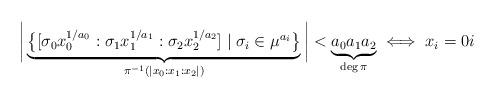
LaTeX: \begin{align*} \bigg|\underbrace{\big\{[\sigma_0 x_0^{1/a_0}:\sigma_1 x_1^{1/a_1}:\sigma_2 x_2^{1/a_2}] \mid \sigma_i\in\mu^{a_i}\big\}}_{\pi^{-1}(|x_0:x_1:x_2|)}\bigg| < \underbrace{a_0a_1a_2}_{\deg\pi} \iff x_i=0i \end{align*}